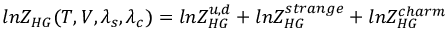
l n Z _ { H G } ( T , V , \lambda _ { s } , \lambda _ { c } ) = l n Z _ { H G } ^ { u , d } + l n Z _ { H G } ^ { s t r a n g e } + l n Z _ { H G } ^ { c h a r m }